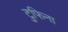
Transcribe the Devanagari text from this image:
टुफिना